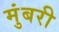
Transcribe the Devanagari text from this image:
मुंबरी